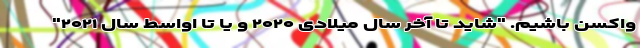
واکسن باشیم. "شاید تا آخر سال میلادی ۲۰۲۰ و یا تا اواسط سال ۲۰۲۱"